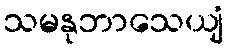
သမနုဘာသေယျံ